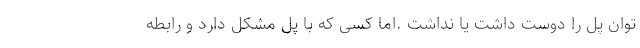
توان پُل را دوست داشت یا نداشت .اما کسی که با پُل مشکل دارد و رابطه